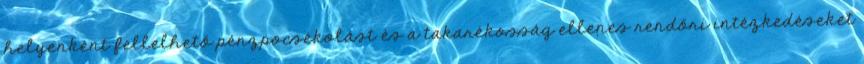
helyenként fellelhető pénzpocsékolást és a takarékosság ellenes rendőri intézkedéseket